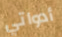
أدواتي